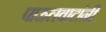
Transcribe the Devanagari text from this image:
पाऊलवाटांनी